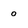
Character: 0